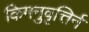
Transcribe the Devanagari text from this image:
किमनुवृत्तिर्न